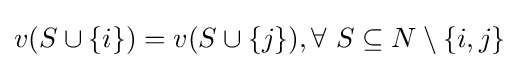
v(S\cup \{i\})=v(S\cup \{j\}),\forall ~S\subseteq N\setminus \{i,j\}